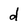
Character: d